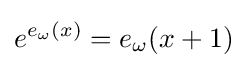
e^{e_{\omega }(x)}=e_{\omega }(x+1)